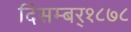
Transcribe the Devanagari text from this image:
दिसम्बर्१८७८